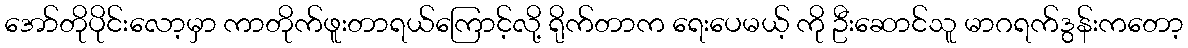
အော်တိုပိုင်းလော့မှာ ကာတိုက်ဖူးတာရယ်ကြောင့်လို့ ရိုက်တာက ရေးပေမယ့် ကို ဦးဆောင်သူ မာဂရက်ဒွန်းကတော့